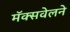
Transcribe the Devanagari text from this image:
मॅक्सवेलने